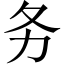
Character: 务